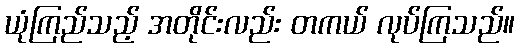
ယုံကြည်သည့် အတိုင်းလည်း တကယ် လုပ်ကြသည်။